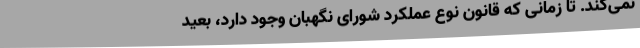
نمی‌کند. تا زمانی که قانون نوع عملکرد شورای نگهبان وجود دارد، بعید